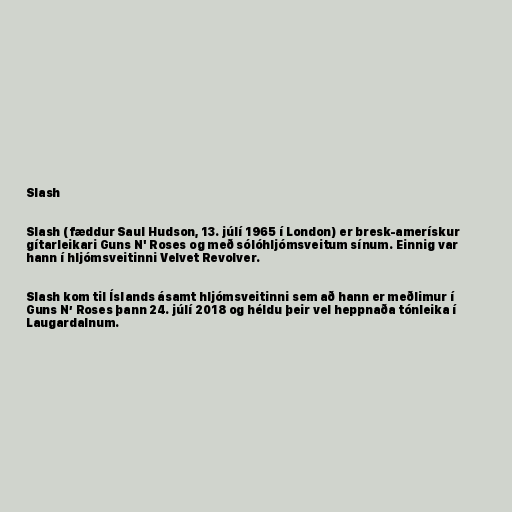
Slash

Slash (fæddur Saul Hudson, 13. júlí 1965 í London) er bresk-amerískur
gítarleikari Guns N' Roses og með sólóhljómsveitum sínum. Einnig var
hann í hljómsveitinni Velvet Revolver.

Slash kom til Íslands ásamt hljómsveitinni sem að hann er meðlimur í
Guns N’ Roses þann 24. júlí 2018 og héldu þeir vel heppnaða tónleika í
Laugardalnum.